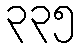
၃၃၅